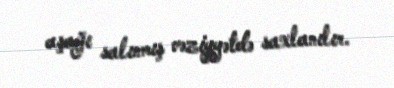
aşağı salınmış vəziyyətdə saxlanılır.